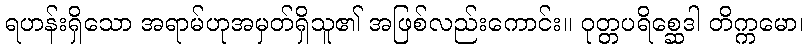
ရဟန်းရှိသော အရာမ်ဟုအမှတ်ရှိသူ၏ အဖြစ်လည်းကောင်း။ ဝုတ္တပရိစ္ဆေဒါ တိက္ကမော၊